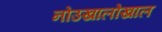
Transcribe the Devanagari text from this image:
नोउखालोखाल